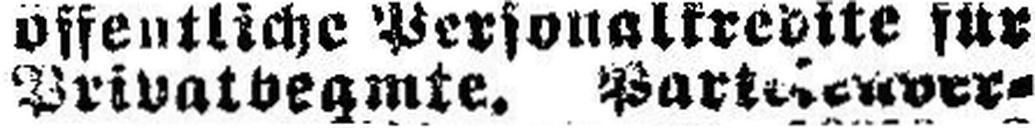
Privatbeamte. Part###r¬